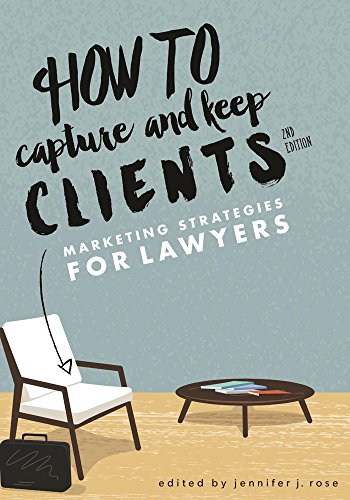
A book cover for How to Capture and Keep Clients: Marketing Strategies for Lawyers; Law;